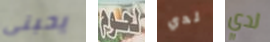
يحبنى لحوم لدي لدي